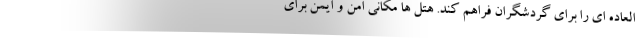
العاده ای را برای گردشگران فراهم کند. هتل ها مکانی امن و ایمن برای